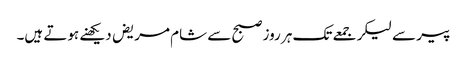
پیر سے لیکر جمعے تک ہر روز صبح سے شام مریض دیکھنے ہوتے ہیں۔